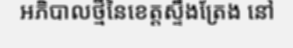
អភិបាលថ្មីនៃខេត្តស្ទឹងត្រែង នៅ